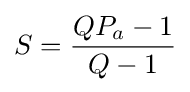
S={\frac {QP_{a}-1}{Q-1}}